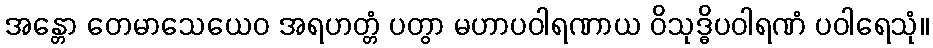
အန္တော တေမာသေယေဝ အရဟတ္တံ ပတွာ မဟာပဝါရဏာယ ဝိသုဒ္ဓိပဝါရဏံ ပဝါရေသုံ။